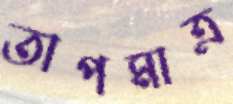
তাপমাত্র